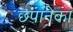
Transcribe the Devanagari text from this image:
छपानेका